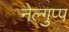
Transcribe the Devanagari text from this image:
नेल्गुप्प